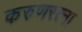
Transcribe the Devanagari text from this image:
करुणरत्ना